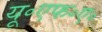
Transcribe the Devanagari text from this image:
यू॰एफ॰ए॰